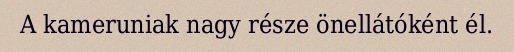
A kameruniak nagy része önellátóként él.